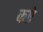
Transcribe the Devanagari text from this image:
कऐ